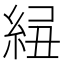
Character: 𥿲